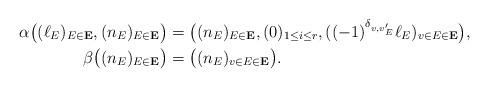
LaTeX: \begin{align*}\alpha\big((\ell_E)_{E\in \mathbf{E}}, (n_E)_{E\in \mathbf{E}}\big)= {} & \big((n_E)_{E\in \mathbf{E}},(0)_{1\le i\le r}, ((-1)^{\delta_{v,v'_E}}\ell_E)_{v\in E\in \mathbf{E}}\big),\\\beta\big((n_E)_{E\in \mathbf{E}}\big)= {} & \big((n_E)_{v\in E\in \mathbf{E}}\big).\end{align*}